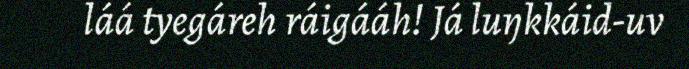
láá tyegáreh ráigááh! Já luŋkkáid-uv